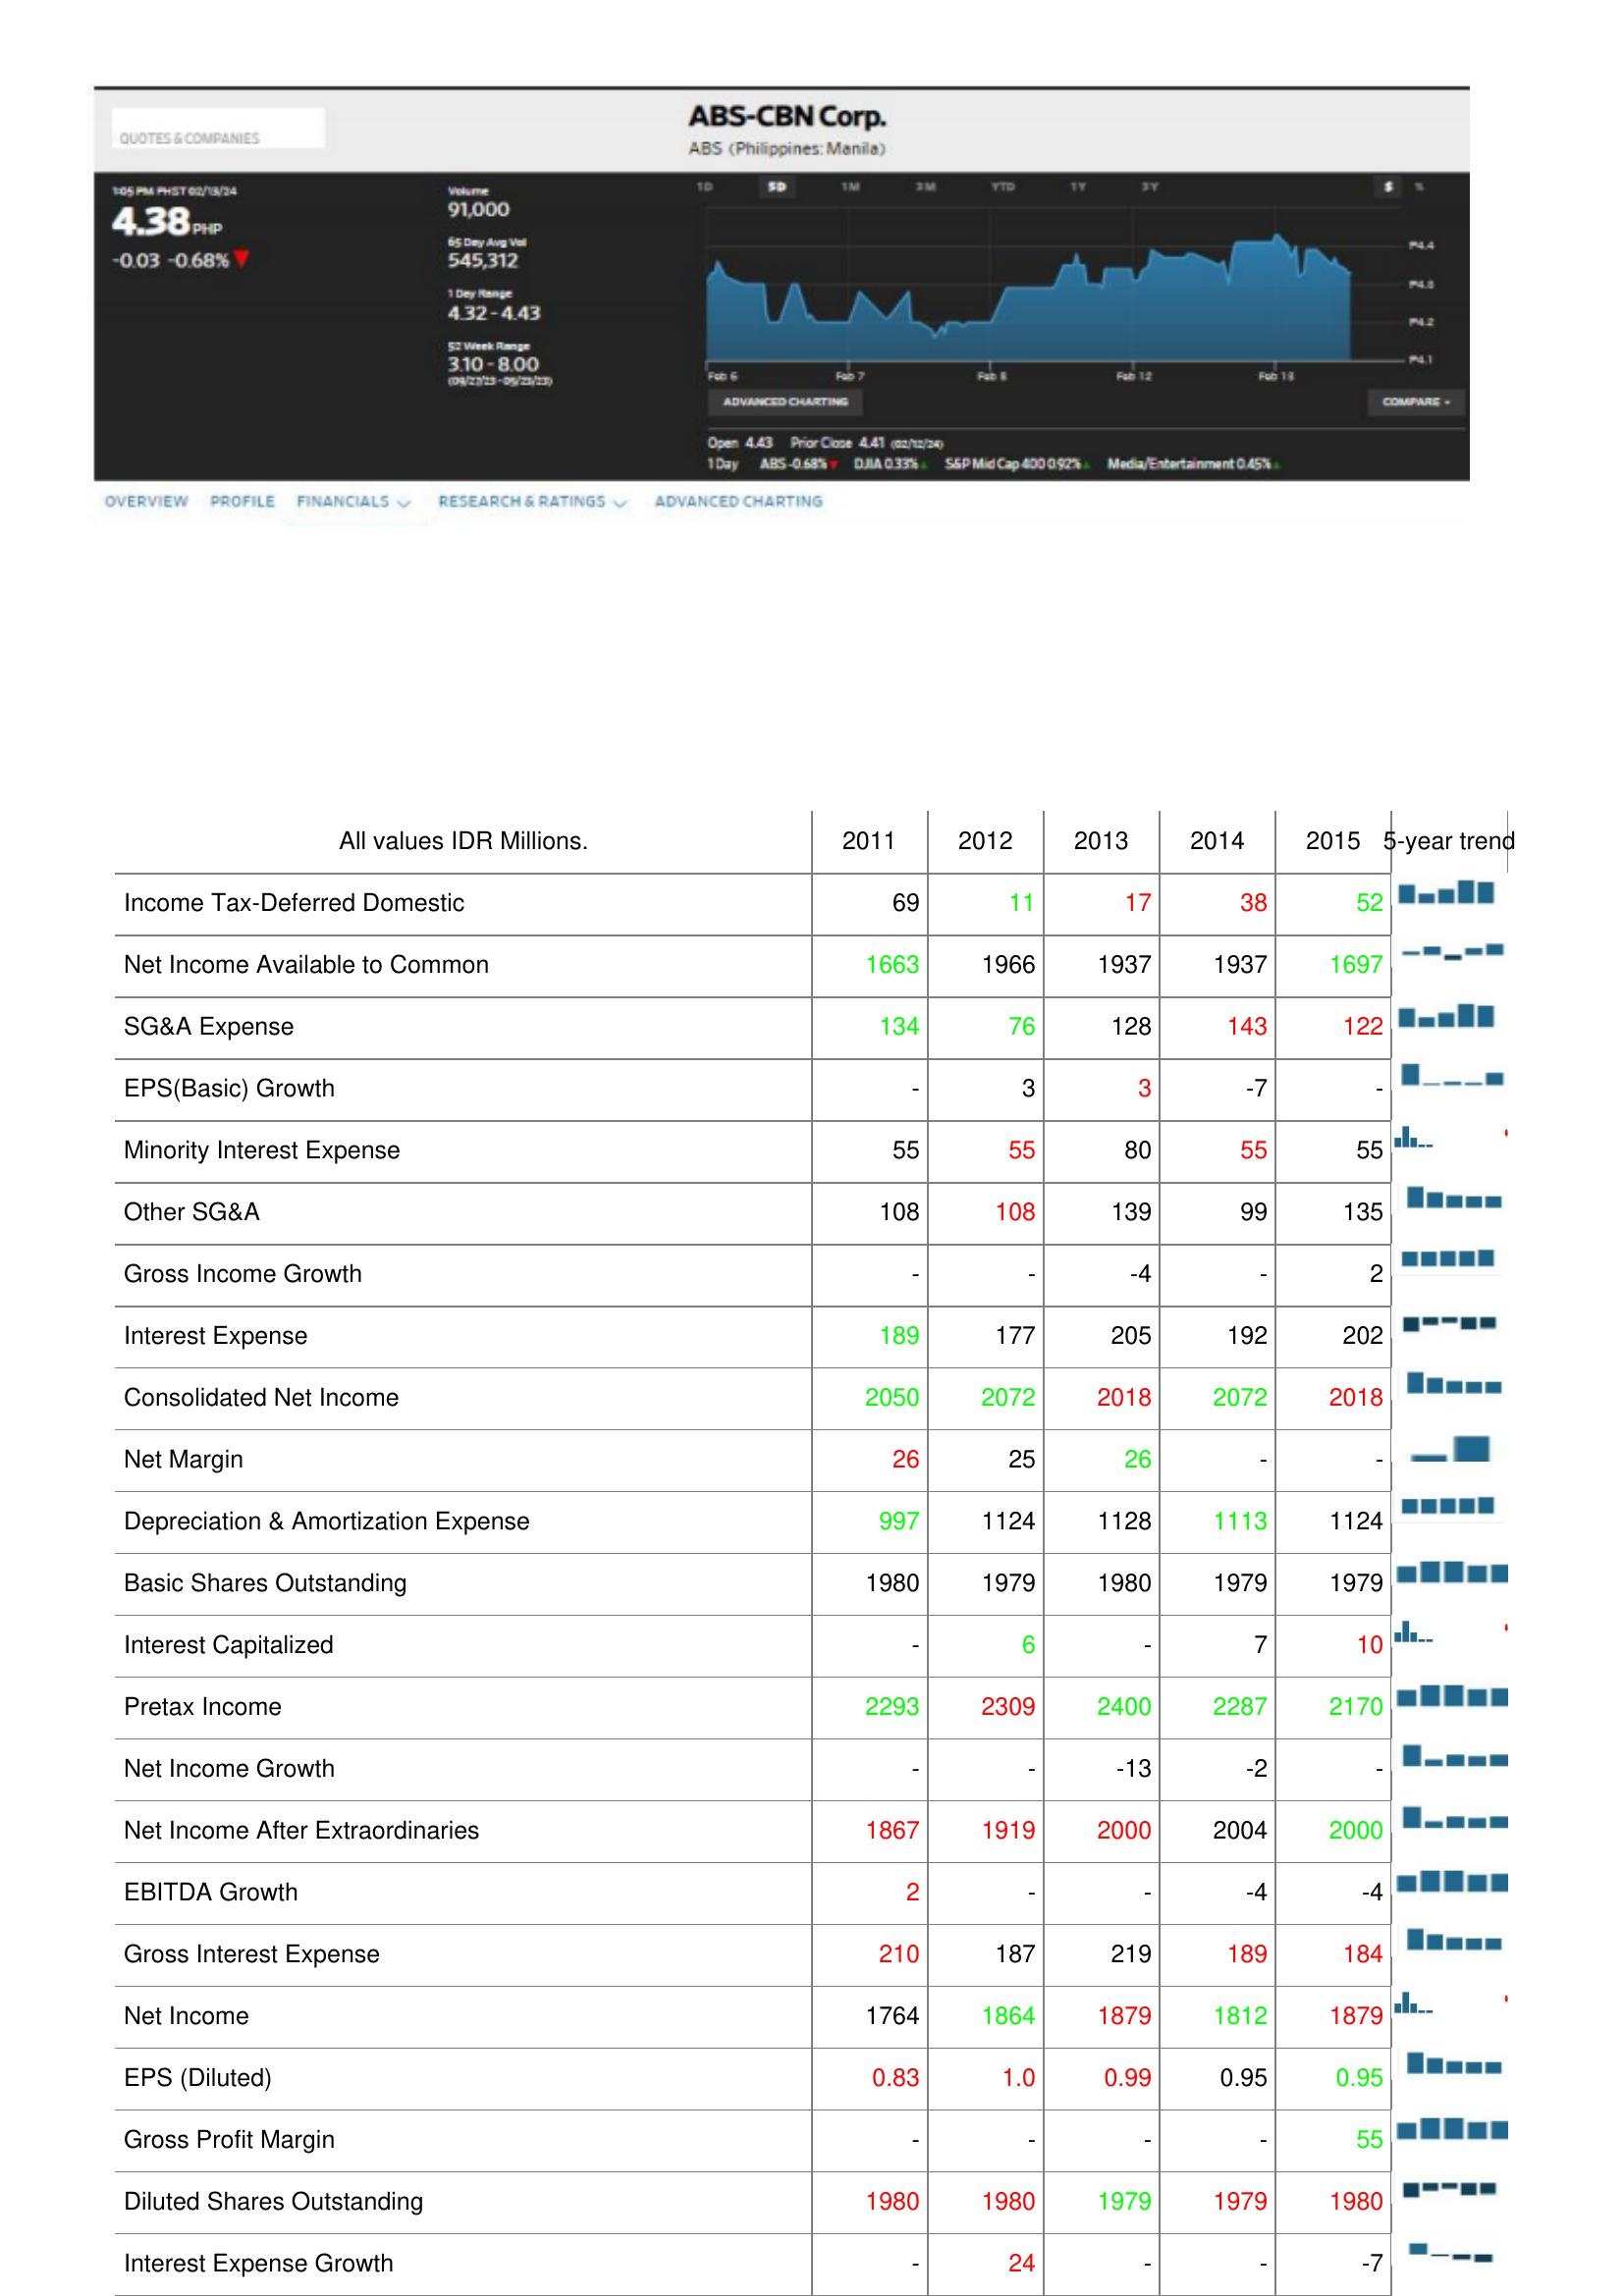
2011: : Income Tax-Deferred Domestic: 69
Net Income Available to Common: 1663
SG&A Expense: 134
EPS(Basic) Growth: -
Minority Interest Expense: 55
Other SG&A: 108
Gross Income Growth: -
Interest Expense: 189
Consolidated Net Income: 2050
Net Margin: 26
Depreciation & Amortization Expense: 997
Basic Shares Outstanding: 1980
Interest Capitalized: -
Pretax Income: 2293
Net Income Growth: -
Net Income After Extraordinaries: 1867
EBITDA Growth: 2
Gross Interest Expense: 210
Net Income: 1764
EPS (Diluted): 0.83
Gross Profit Margin: -
Diluted Shares Outstanding: 1980
Interest Expense Growth: -
2012: : Income Tax-Deferred Domestic: 11
Net Income Available to Common: 1966
SG&A Expense: 76
EPS(Basic) Growth: 3
Minority Interest Expense: 55
Other SG&A: 108
Gross Income Growth: -
Interest Expense: 177
Consolidated Net Income: 2072
Net Margin: 25
Depreciation & Amortization Expense: 1124
Basic Shares Outstanding: 1979
Interest Capitalized: 6
Pretax Income: 2309
Net Income Growth: -
Net Income After Extraordinaries: 1919
EBITDA Growth: -
Gross Interest Expense: 187
Net Income: 1864
EPS (Diluted): 1.0
Gross Profit Margin: -
Diluted Shares Outstanding: 1980
Interest Expense Growth: 24
2013: : Income Tax-Deferred Domestic: 17
Net Income Available to Common: 1937
SG&A Expense: 128
EPS(Basic) Growth: 3
Minority Interest Expense: 80
Other SG&A: 139
Gross Income Growth: -4
Interest Expense: 205
Consolidated Net Income: 2018
Net Margin: 26
Depreciation & Amortization Expense: 1128
Basic Shares Outstanding: 1980
Interest Capitalized: -
Pretax Income: 2400
Net Income Growth: -13
Net Income After Extraordinaries: 2000
EBITDA Growth: -
Gross Interest Expense: 219
Net Income: 1879
EPS (Diluted): 0.99
Gross Profit Margin: -
Diluted Shares Outstanding: 1979
Interest Expense Growth: -
2014: : Income Tax-Deferred Domestic: 38
Net Income Available to Common: 1937
SG&A Expense: 143
EPS(Basic) Growth: -7
Minority Interest Expense: 55
Other SG&A: 99
Gross Income Growth: -
Interest Expense: 192
Consolidated Net Income: 2072
Net Margin: -
Depreciation & Amortization Expense: 1113
Basic Shares Outstanding: 1979
Interest Capitalized: 7
Pretax Income: 2287
Net Income Growth: -2
Net Income After Extraordinaries: 2004
EBITDA Growth: -4
Gross Interest Expense: 189
Net Income: 1812
EPS (Diluted): 0.95
Gross Profit Margin: -
Diluted Shares Outstanding: 1979
Interest Expense Growth: -
2015: : Income Tax-Deferred Domestic: 52
Net Income Available to Common: 1697
SG&A Expense: 122
EPS(Basic) Growth: -
Minority Interest Expense: 55
Other SG&A: 135
Gross Income Growth: 2
Interest Expense: 202
Consolidated Net Income: 2018
Net Margin: -
Depreciation & Amortization Expense: 1124
Basic Shares Outstanding: 1979
Interest Capitalized: 10
Pretax Income: 2170
Net Income Growth: -
Net Income After Extraordinaries: 2000
EBITDA Growth: -4
Gross Interest Expense: 184
Net Income: 1879
EPS (Diluted): 0.95
Gross Profit Margin: 55
Diluted Shares Outstanding: 1980
Interest Expense Growth: -7